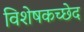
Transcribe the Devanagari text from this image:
विशेषकच्छेद